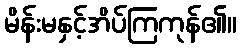
မိန်းမနှင့်အိပ်ကြကုန်၏။